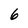
Character: 6